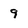
Character: 9